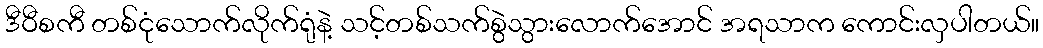
ဒီဝီစကီ တစ်ငုံသောက်လိုက်ရုံနဲ့ သင့်တစ်သက်စွဲသွားလောက်အောင် အရသာက ကောင်းလှပါတယ်။